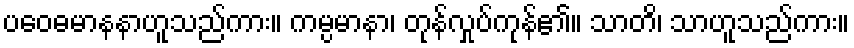
ပဝေဓမာနနာဟူသည်ကား။ ကမ္ပမာနာ၊ တုန်လှုပ်ကုန်၏။ သာတိ၊ သာဟူသည်ကား။